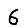
Digit: 6